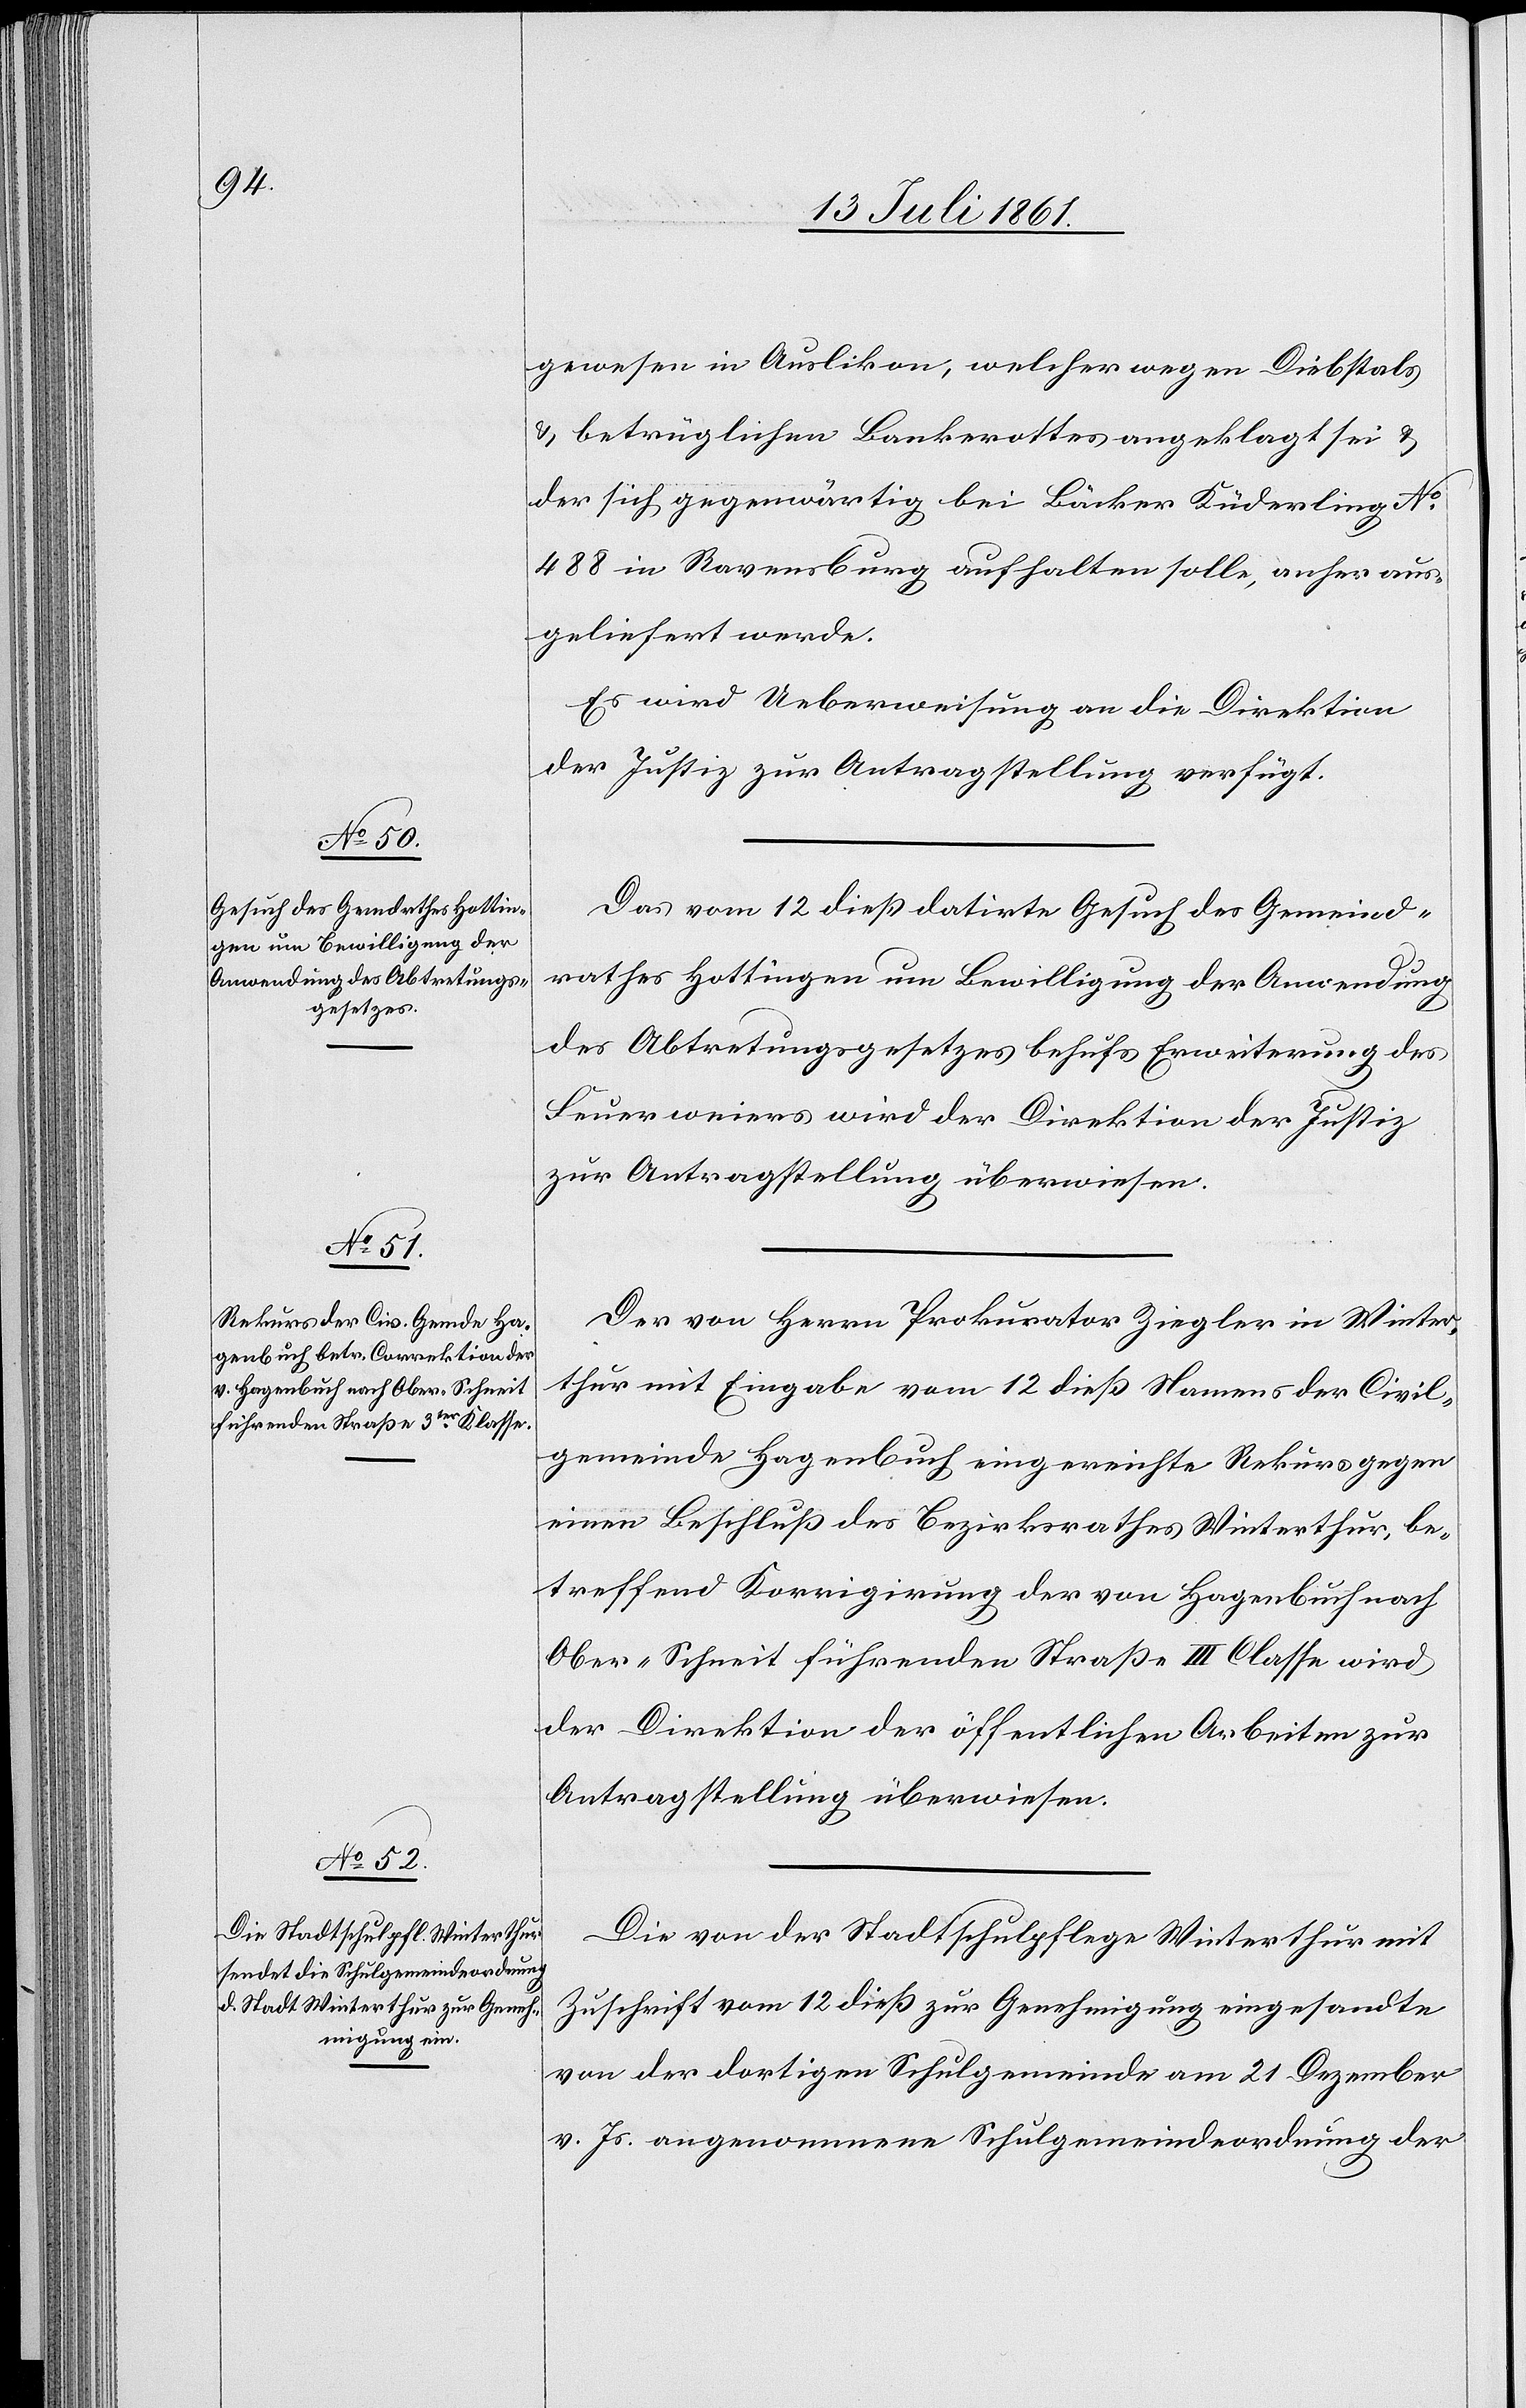
15 Juli 1861.]
gewesen in Auslikon, welcher wegen Diebstals
u. betrüglichen Bankrottes angeklagt sei u.
der sich gegenwärtig bei Bäcker Küderling N°
488 in Ravenburg aufhalten solle, anher aus¬
geliefert werde.
Es wird Ueberweisung an die Direktion
der Justiz zur Antragstellung verfügt.
Das vom 12 dieß datirte Gesuch des Gemeind¬
rathes Hottingen um Bewilligung der Anwendung
des Abtretungsgesetzes behufs Erweiterung des
Feuerweiers wird der Direktion der Justiz
zur Antragstellung überwiesen.
Der von Herrn Prokurator Ziegler in Winter¬
thur mit Eingabe vom 12 dieß Namens der Civil¬
gemeinde Hagenbuch eingereichte Rekurs gegen
einen Beschluß des Bezirksrathes Winterthur, be¬
treffend Korrigirung der von Hagenbuch nach
Ober-Schneit führenden Straße III Classe wird
der Direktion der öffentlichen Arbeiten zur
Antragstellung überwiesen.
Die von der Stadtschulpflege Winterthur mit
Zuschrift vom 12 dieß zur Genehmigung eingesandte
von der dortigen Schulgemeinde am 21 Dezember
v. Js. angenommene Schulgemeindeordnung der